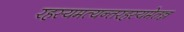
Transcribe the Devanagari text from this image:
रहस्यमत्यन्तरहस्यमेतन्न